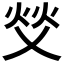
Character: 𬊇